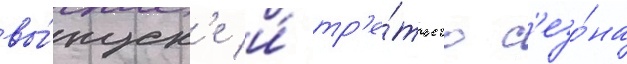
вы́пуск'е и́ тр'е́тьего с'езо́на